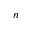
n